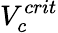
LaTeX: V_{c}^{crit}